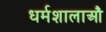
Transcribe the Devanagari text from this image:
धर्मशालाऔं